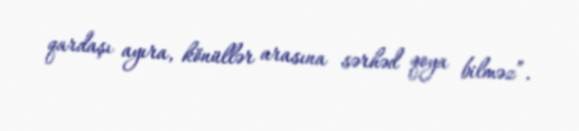
qardaşı ayıra, könüllər arasına sərhəd qoya bilməz”.